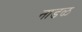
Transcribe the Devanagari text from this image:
नाडळ